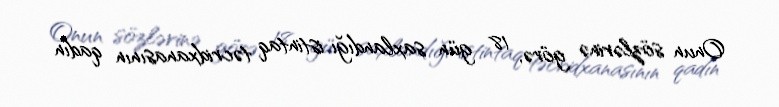
Onun sözlərinə görə, 18 gün saxlandığı istintaq təcridxanasının qadın